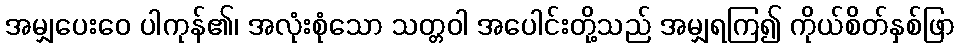
အမျှပေးဝေ ပါကုန်၏၊ အလုံးစုံသော သတ္တဝါ အပေါင်းတို့သည် အမျှရကြ၍ ကိုယ်စိတ်နှစ်ဖြာ